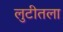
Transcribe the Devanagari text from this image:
लुटीतला